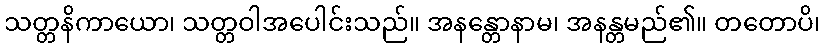
သတ္တနိကာယော၊ သတ္တဝါအပေါင်းသည်။ အနန္တောနာမ၊ အနန္တမည်၏။ တတောပိ၊